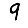
Digit: 9